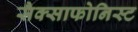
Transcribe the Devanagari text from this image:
सैक्साफोनिस्ट